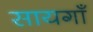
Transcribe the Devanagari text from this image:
सायगाँ